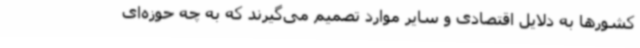
کشورها به دلایل اقتصادی و سایر موارد تصمیم می‌گیرند که به چه حوزه‌ای